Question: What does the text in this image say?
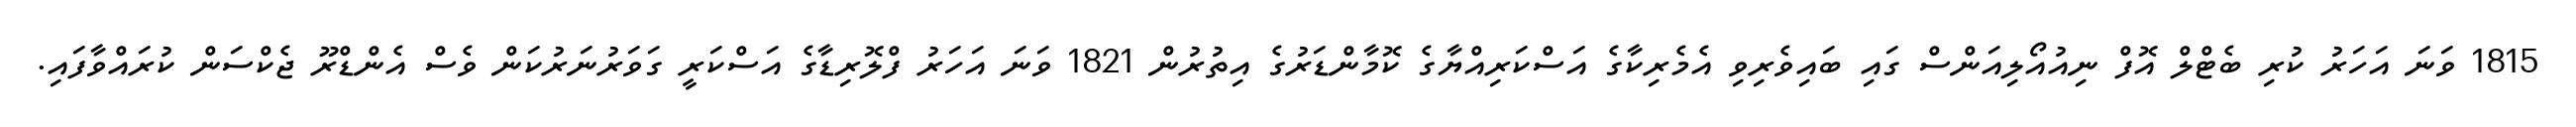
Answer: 1815 ވަނަ އަހަރު ކުރި ބެޓްލް އޮފް ނިއުއޯލިއަންސް ގައި ބައިވެރިވި އެމެރިކާގެ އަސްކަރިއްޔާގެ ކޮމާންޑަރުގެ އިތުރުން 1821 ވަނަ އަހަރު ފްލޮރިޑާގެ އަސްކަރީ ގަވަރުނަރުކަން ވެސް އެންޑްރޫ ޖެކްސަން ކުރައްވާފައި.